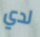
لدي